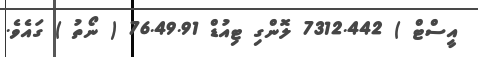
އީސްޓް ) 7312.442 ލޮންގި ޓިއުޑް 76.49.91 ( ނޯތު ) ގައެވެ.